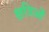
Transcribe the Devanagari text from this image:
क्षत्रिओं